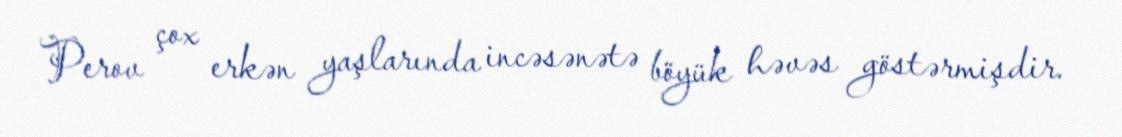
Perov çox erkən yaşlarında incəsənətə böyük həvəs göstərmişdir.